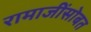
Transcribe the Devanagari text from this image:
रामाजींसोबत